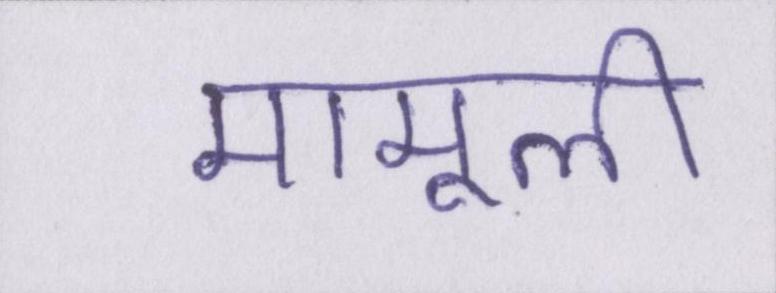
मामूली